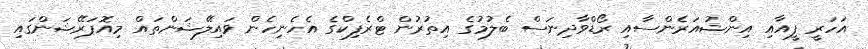
އަހަރީ ފީއާއި އިންޝުއަރެންސާއި ރޯޑްވާދިނަސް ބެލުމުގެ އިތުރުން ޓްރެފިކްގެ އެހެނިހެން ވައިލޭޝަންތައް މިއޮޕަރޭޝަންގައި